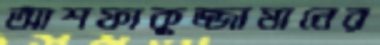
আশফাকুজ্জামানের